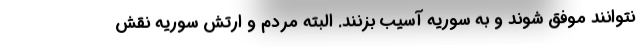
نتوانند موفق شوند و به سوریه آسیب بزنند. البته مردم و ارتش سوریه نقش